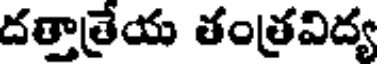
దత్తాత్రేయ తంత్రవిద్య